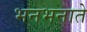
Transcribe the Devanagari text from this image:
भनभनाते